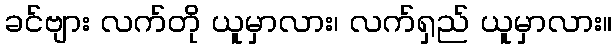
ခင်ဗျား လက်တို ယူမှာလား၊ လက်ရှည် ယူမှာလား။